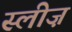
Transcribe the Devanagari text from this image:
स्लीज़